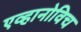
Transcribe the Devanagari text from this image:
एव्हानोविच